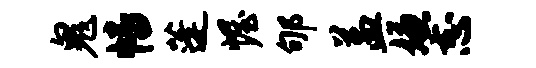
鬼幡蓬幄郇益嫌志